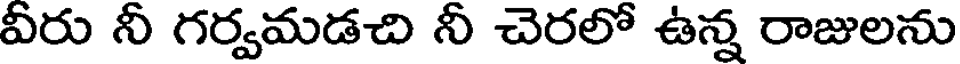
వీరు నీ గర్వమడచి నీ చెరలో ఉన్న రాజులను